Note on the mental hospitals in Burma - 1925-1940
Year: 1925
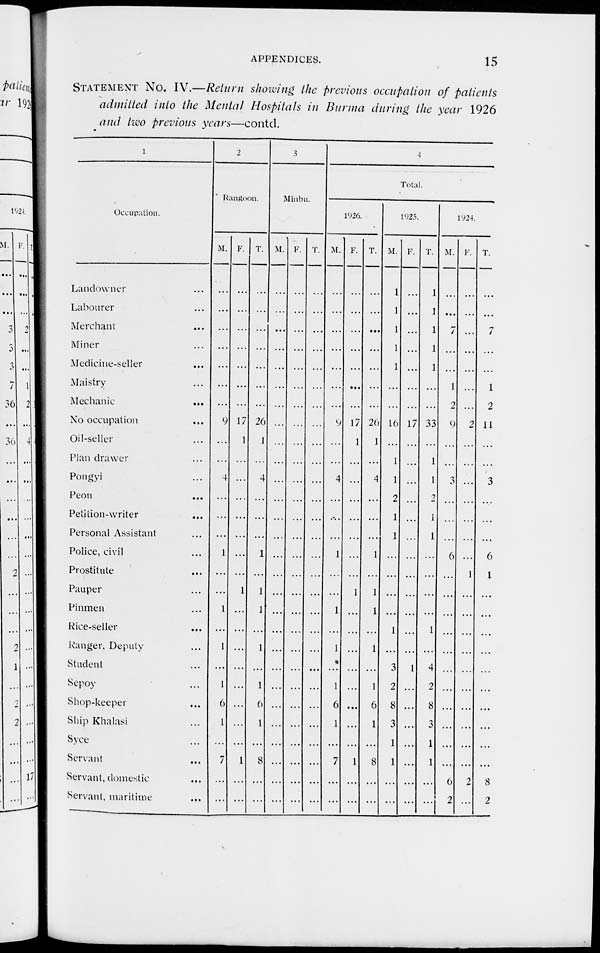
APPENDICES.
15
STATEMENT No. IV.—Return showing the previous occupation of patients
admitted into the Mental Hospitals in Burma during the year 1926
and two previous years—contd.
1
Occupation.
Landowner ...
Labourer ...
Merchant ...
Miner ...
Medicine-seller ...
Maistry ...
Mechanic
...
No occupation ...
Oil-seller ...
Plan drawer ...
Pongyi ...
Peon ...
Petition-writer ...
Personal Assistant ...
Police, civil ...
Prostitute ...
Pauper ...
Pinmen ...
Rice-seller ...
Ranger, Deputy ...
Student ...
Sepoy ...
Shop-keeper ...
Ship Khalasi ...
Syce ...
Servant ...
Servant, domestic ...
Servant, maritime ...
2
Rangoon.
M.
...
...
...
...
...
...
...
9
...
...
4
...
...
...
1
...
...
1
...
1
...
1
6
1
...
7
...
...
F.
...
...
...
...
...
...
...
17
1
...
...
...
...
...
...
...
1
...
...
...
...
...
...
...
...
1
...
...
T.
...
...
...
...
...
...
...
26
1
...
4
...
...
...
1
...
1
1
...
1
...
1
6
1
...
8
...
...
3
Minbu.
M.
...
...
...
...
...
...
...
...
...
...
...
...
...
...
...
...
...
...
...
...
...
...
...
...
...
...
...
...
F.
...
...
...
...
...
...
...
...
...
...
...
...
...
...
...
...
...
...
...
...
...
...
...
...
...
...
...
...
T.
...
...
...
...
...
...
...
...
...
...
...
...
...
...
...
...
...
...
...
...
...
...
...
...
...
...
...
...
4
Total.
1926.
M.
...
...
...
...
...
...
...
9
...
...
4
...
...
...
1
...
...
1
...
1
...
1
6
1
...
7
...
...
F.
...
...
...
...
...
...
...
17
1
...
...
...
...
...
...
...
1
...
...
...
...
...
...
...
...
1
...
...
T.
...
...
...
...
...
...
...
26
1
...
4
...
...
...
1
...
1
1
...
1
...
1
6
1
...
8
...
...
1925.
M.
1
1
1
1
1
...
...
16
...
1
1
2
1
1
...
...
...
...
1
...
3
2
8
3
1
1
...
...
F.
...
...
...
...
...
...
...
17
...
...
...
...
...
...
...
...
...
...
...
...
1
...
...
...
...
...
...
...
T.
1
1
1
1
1
...
...
33
...
1
1
2
1
1
...
...
...
...
1
...
4
2
8
3
1
1
...
...
1924.
M.
...
...
7
...
...
1
2
9
...
...
3
...
...
...
6
...
...
...
...
...
...
...
...
...
...
...
6
2
F.
...
...
...
...
...
...
...
2
...
...
...
...
...
...
...
1
...
...
...
...
...
...
...
...
...
...
2
...
T.
...
...
7
...
...
1
2
11
...
...
3
...
...
...
6
1
...
...
...
...
...
...
...
...
...
...
8
2